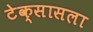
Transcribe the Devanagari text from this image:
टेक्सासला